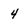
Character: 4